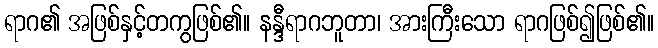
ရာဂ၏ အဖြစ်နှင့်တကွဖြစ်၏။ နန္ဒီရာဂဘူတာ၊ အားကြီးသော ရာဂဖြစ်၍ဖြစ်၏။